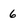
Character: 6